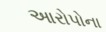
આરોપોના